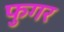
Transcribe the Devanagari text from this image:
फुगर